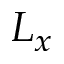
L _ { x }